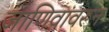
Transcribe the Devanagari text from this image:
जाणिवांवरून